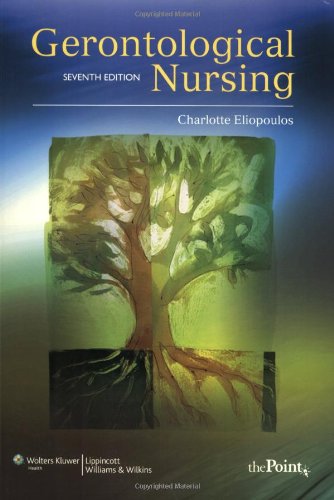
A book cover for Gerontological Nursing (Gerontological Nursing (Eliopoulos)); Charlotte Eliopoulos RN  MPH  PhD; Medical Books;